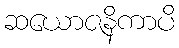
ဆယောဇနိကာပိ